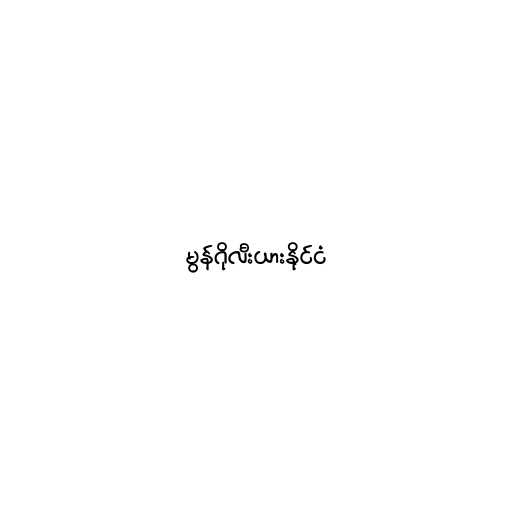
မွန်ဂိုလီးယားနိုင်ငံ